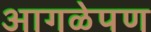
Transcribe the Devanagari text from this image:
आगळेपण